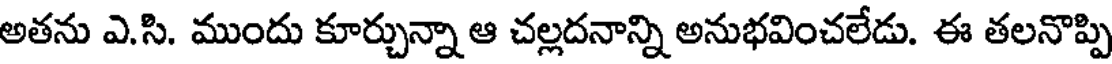
అతను ఎ.సి. ముందు కూర్చున్నా ఆ చల్లదనాన్ని అనుభవించలేడు. ఈ తలనొప్పి